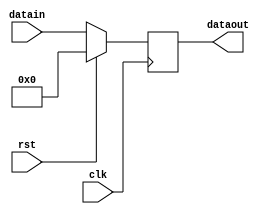
`timescale 1ns / 1ps
//////////////////////////////////////////////////////////////////////////////////
// Company: 
// Engineer: 
// 
// Design Name: 
// Module Name: delay_reg
// Project Name: 
// Target Devices: 
// Tool Versions: 
// Description: 
// 
// Dependencies: 
// 
// Revision:
// Revision 0.01 - File Created
// Additional Comments:
// 
//////////////////////////////////////////////////////////////////////////////////


module delay_reg( output reg [11:0]dataout,
                 input clk, rst,
                 input[11:0] datain);

    always @(posedge clk)
     if (rst) dataout<=0;
     else
     dataout<=datain;
    
endmodule